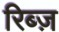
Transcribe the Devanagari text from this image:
रिब्ज़